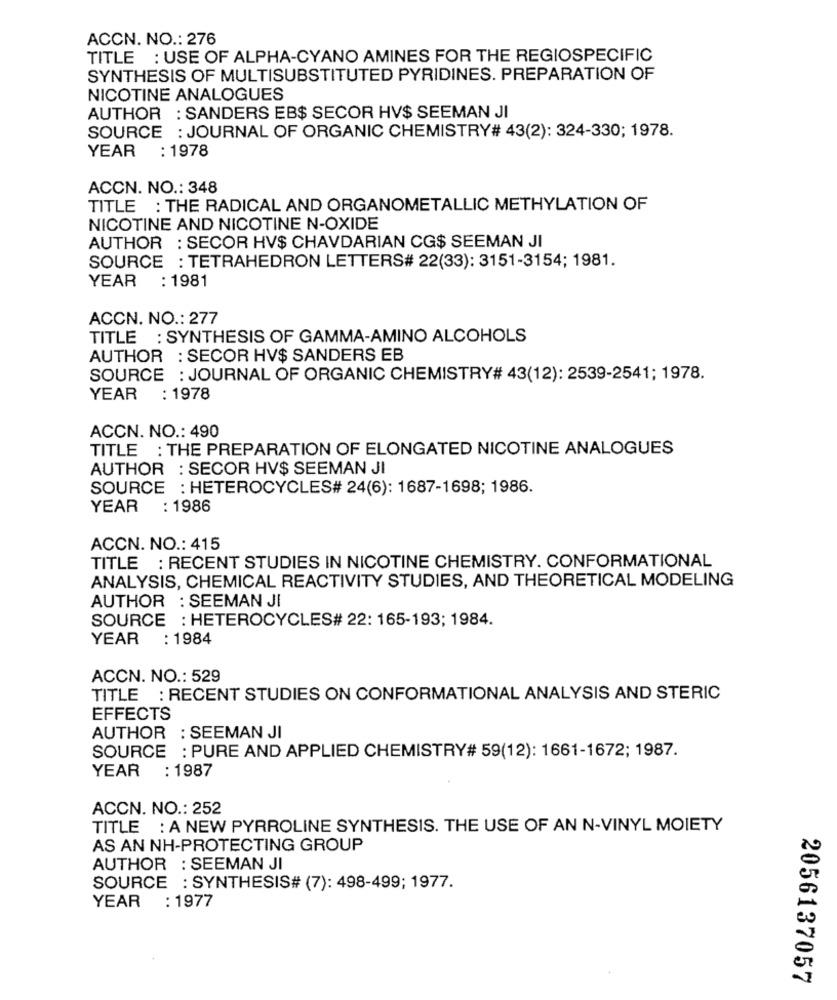
ACCN. NO .: 276
TITLE : USE OF ALPHA-CYANO AMINES FOR THE REGIOSPECIFIC
SYNTHESIS OF MULTISUBSTITUTED PYRIDINES. PREPARATION OF
NICOTINE ANALOGUES
AUTHOR : SANDERS EB$ SECOR HV$ SEEMAN JI
SOURCE : JOURNAL OF ORGANIC CHEMISTRY# 43(2): 324-330; 1978.
YEAR : 1978
ACCN. NO .: 348
TITLE : THE RADICAL AND ORGANOMETALLIC METHYLATION OF
NICOTINE AND NICOTINE N-OXIDE
AUTHOR : SECOR HV$ CHAVDARIAN CG$ SEEMAN JI
SOURCE : TETRAHEDRON LETTERS# 22(33): 3151-3154; 1981.
YEAR
: 1981
ACCN. NO .: 277
TITLE : SYNTHESIS OF GAMMA-AMINO ALCOHOLS
AUTHOR : SECOR HV$ SANDERS EB
SOURCE : JOURNAL OF ORGANIC CHEMISTRY# 43(12): 2539-2541; 1978.
YEAR
: 1978
ACCN. NO .: 490
TITLE : THE PREPARATION OF ELONGATED NICOTINE ANALOGUES
AUTHOR : SECOR HV$ SEEMAN JI
SOURCE : HETEROCYCLES# 24(6): 1687-1698; 1986.
YEAR
: 1986
ACCN. NO .: 415
TITLE : RECENT STUDIES IN NICOTINE CHEMISTRY. CONFORMATIONAL
ANALYSIS, CHEMICAL REACTIVITY STUDIES, AND THEORETICAL MODELING
AUTHOR : SEEMAN JI
SOURCE : HETEROCYCLES# 22: 165-193; 1984.
YEAR : 1984
ACCN. NO .: 529
TITLE : RECENT STUDIES ON CONFORMATIONAL ANALYSIS AND STERIC
EFFECTS
AUTHOR : SEEMAN JI
SOURCE : PURE AND APPLIED CHEMISTRY# 59(12): 1661-1672; 1987.
YEAR : 1987
ACCN. NO .: 252
TITLE : A NEW PYRROLINE SYNTHESIS. THE USE OF AN N-VINYL MOIETY
AS AN NH-PROTECTING GROUP
AUTHOR : SEEMAN JI
SOURCE : SYNTHESIS# (7): 498-499; 1977.
YEAR : 1977
2056137057